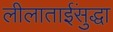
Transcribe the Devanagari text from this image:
लीलाताईंसुद्धा